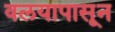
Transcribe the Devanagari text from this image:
वलयापासून